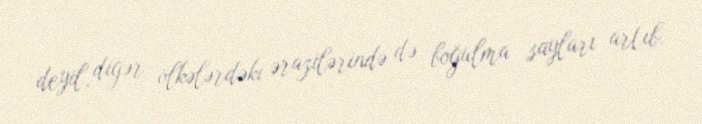
deyil, digər ölkələrdəki ərazilərində də boğulma sayları artıb.